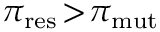
\pi _ { \mathrm { r e s } } \! > \! \pi _ { \mathrm { m u t } }